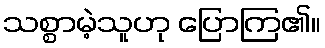
သစ္စာမဲ့သူဟု ပြောကြ၏။